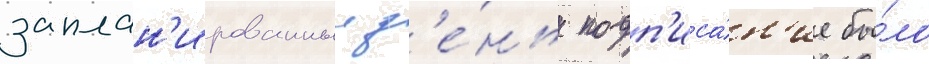
заплан'ированныи д'е́нь подп'иса́н'ие бы́ло